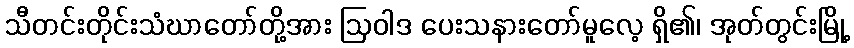
သီတင်းတိုင်းသံဃာတော်တို့အား ဩဝါဒ ပေးသနားတော်မူလေ့ ရှိ၏၊ အုတ်တွင်းမြို့